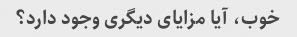
خوب، آیا مزایای دیگری وجود دارد؟